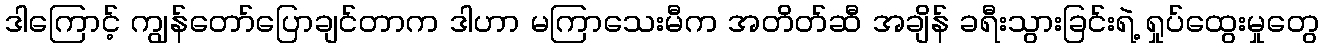
ဒါကြောင့် ကျွန်တော်ပြောချင်တာက ဒါဟာ မကြာသေးမီက အတိတ်ဆီ အချိန် ခရီးသွားခြင်းရဲ့ ရှုပ်ထွေးမှုတွေ